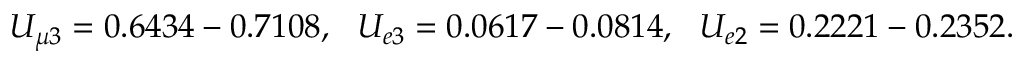
U _ { \mu 3 } = 0 . 6 4 3 4 - 0 . 7 1 0 8 , \ \ U _ { e 3 } = 0 . 0 6 1 7 - 0 . 0 8 1 4 , \ \ U _ { e 2 } = 0 . 2 2 2 1 - 0 . 2 3 5 2 .